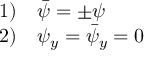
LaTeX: \begin{array} { l l } { { 1 ) } } & { { \bar { \psi } = \pm \psi } } \\ { { 2 ) } } & { { \psi _ { y } = \bar { \psi } _ { y } = 0 } } \end{array}